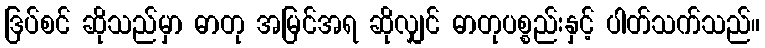
ဒြပ်စင် ဆိုသည်မှာ ဓာတု အမြင်အရ ဆိုလျှင် ဓာတုပစ္စည်းနှင့် ပါတ်သက်သည်။